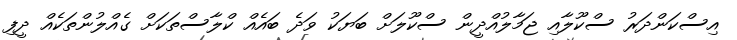
އިސްކަންދަރު ސްކޫލާއި ޖަމާލުއްދީން ސްކޫލަށް ބަޔަކު ވަދެ ބައެއް ކްލާސްތަކަށް ގެއްލުންތަކެއް ދީފި